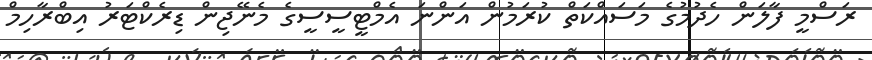
ރަސްމީ ފާލަން ހެދުމުގެ މަސައްކަތް ކުރަމުން އަންނަ އެމްޓީސީސީގެ މެނޭޖިން ޑިރެކްޓަރު އިބްރާހިމް